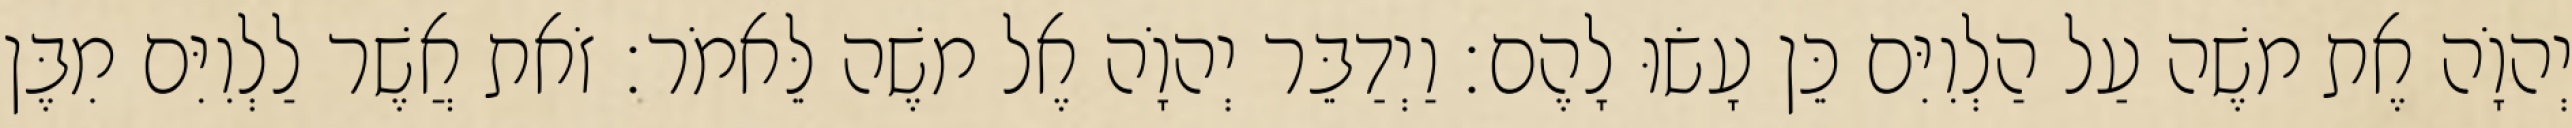
יְהוָֹה אֶת משֶׁה עַל הַלְוִיִּם כֵּן עָשׂוּ לָהֶם׃ וַיְדַבֵּר יְהוָֹה אֶל משֶׁה לֵּאמֹר׃ זֹאת אֲשֶׁר לַלְוִיִּם מִבֶּן